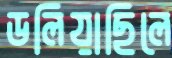
ডলিয়াছিলে